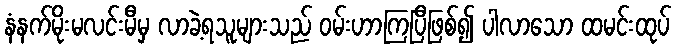
နံနက်မိုးမလင်းမီမှ လာခဲ့ရသူများသည် ဝမ်းဟာကြပြီဖြစ်၍ ပါလာသော ထမင်းထုပ်